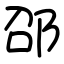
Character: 邵